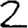
Digit: 2